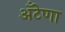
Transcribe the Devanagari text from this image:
अँटेणा